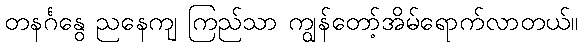
တနင်္ဂနွေ ညနေကျ ကြည်သာ ကျွန်တော့်အိမ်ရောက်လာတယ်။